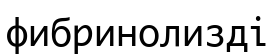
фибринолизді